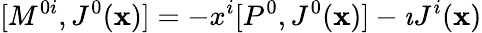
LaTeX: [M^{0i},J^{0}({\mathbf x})]=-x^{i}[P^{0},J^{0}({\mathbf x})]-\imath J^{i}({\mathbf x})